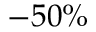
- 5 0 \%